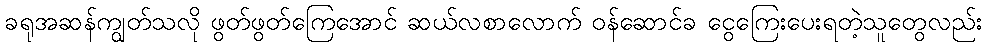
ခရုအဆန်ကျွတ်သလို ဖွတ်ဖွတ်ကြေအောင် ဆယ်လစာလောက် ဝန်ဆောင်ခ ငွေကြေးပေးရတဲ့သူတွေလည်း